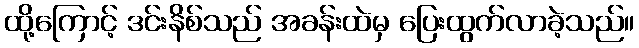
ထို့ကြောင့် ဒင်းနိစ်သည် အခန်းထဲမှ ပြေးထွက်လာခဲ့သည်။